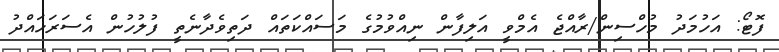
ފޮޓޯ: އަހުމަދު މުހްސިން/ރާއްޖެ އެމްވީ އަލިފާން ނިއްވުމުގެ މަސައްކަތައް ދަތިވެދާނެތީ ފުލުހުން އެސަރަހައްދު